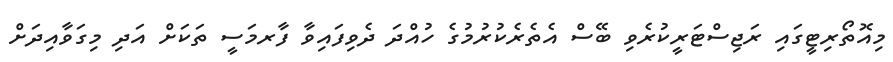
މިއޮތޯރިޓީގައި ރަޖިސްޓަރީކުރެވި ބޭސް އެތެރެކުރުމުގެ ހުއްދަ ދެވިފައިވާ ފާރމަސީ ތަކަށް އަދި މިގަވާއިދަށް